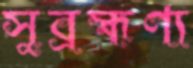
সুব্রহ্মণ্য